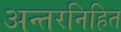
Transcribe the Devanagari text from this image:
अन्तरनिहित